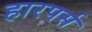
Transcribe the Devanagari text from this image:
हारपर्स